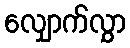
လျှောက်လွှာ